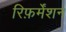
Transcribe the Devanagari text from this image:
रिफ़र्मेंशन